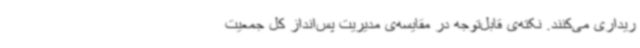
ریداری می‌کنند. نکته‌ی قابل‌توجه در مقایسه‌ی مدیریت پس‌انداز کل جمعیت